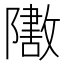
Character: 𬯟